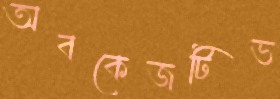
অবকেজটিভ